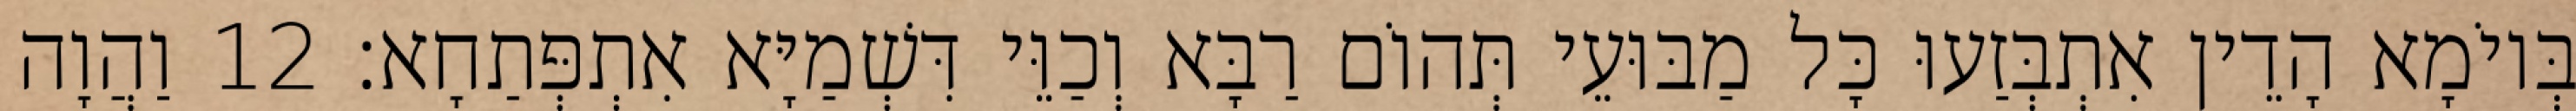
בְּיוֹמָא הָדֵין אִתְבְּזַעוּ כָּל מַבּוּעֵי תְּהוֹם רַבָּא וְכַוֵּי דִּשְׁמַיָּא אִתְפְּתַחָא׃ 12 וַהֲוָה